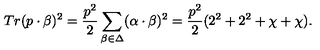
T r ( p \cdot \beta ) ^ { 2 } = { \frac { p ^ { 2 } } { 2 } } \sum _ { \beta \in \Delta } ( \alpha \cdot \beta ) ^ { 2 } = { \frac { p ^ { 2 } } { 2 } } ( 2 ^ { 2 } + 2 ^ { 2 } + \chi + \chi ) .